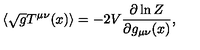
\langle \sqrt { g } T ^ { \mu \nu } ( x ) \rangle = - 2 V { \frac { \partial \ln Z } { \partial g _ { \mu \nu } ( x ) } } ,